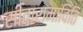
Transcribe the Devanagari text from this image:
सीतारामाविति